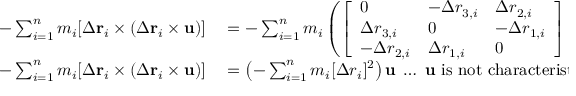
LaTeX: \begin{array} { r l } { - \sum _ { i = 1 } ^ { n } m _ { i } [ { \boldsymbol { \Delta } } \mathbf { r } _ { i } \times ( { \boldsymbol { \Delta } } \mathbf { r } _ { i } \times \mathbf { u } ) ] } & { { } = - \sum _ { i = 1 } ^ { n } m _ { i } \left( { \left[ \begin{array} { l l l } { 0 } & { - \Delta r _ { 3 , i } } & { \Delta r _ { 2 , i } } \\ { \Delta r _ { 3 , i } } & { 0 } & { - \Delta r _ { 1 , i } } \\ { - \Delta r _ { 2 , i } } & { \Delta r _ { 1 , i } } & { 0 } \end{array} \right] } \left( { \left[ \begin{array} { l l l } { 0 } & { - \Delta r _ { 3 , i } } & { \Delta r _ { 2 , i } } \\ { \Delta r _ { 3 , i } } & { 0 } & { - \Delta r _ { 1 , i } } \\ { - \Delta r _ { 2 , i } } & { \Delta r _ { 1 , i } } & { 0 } \end{array} \right] } { \left[ \begin{array} { l } { u _ { 1 } } \\ { u _ { 2 } } \\ { u _ { 3 } } \end{array} \right] } \right) \right) \; \ldots { \mathrm { ~ c r o s s - p r o d u c t ~ a s ~ m a t r i x ~ m u l t i p l i c a t i o n } } } \\ { - \sum _ { i = 1 } ^ { n } m _ { i } [ { \boldsymbol { \Delta } } \mathbf { r } _ { i } \times ( { \boldsymbol { \Delta } } \mathbf { r } _ { i } \times \mathbf { u } ) ] } & { { } = \left( - \sum _ { i = 1 } ^ { n } m _ { i } [ \Delta r _ { i } ] ^ { 2 } \right) \mathbf { u } \; \ldots \; \mathbf { u } { \mathrm { ~ i s ~ n o t ~ c h a r a c t e r i s t i c ~ o f ~ } } P _ { i } } \end{array}